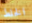
الخلط